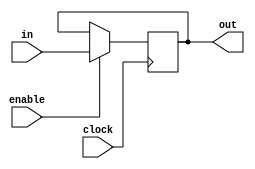
module reg16bits(in, enable, clock, out);
  input [15:0] in;
  input enable, clock;
  output reg [15:0] out;
  
  always @(posedge clock)
    if (enable)
      out <= in;
      
endmodule